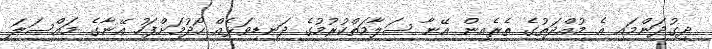
ދިގުދަންމައި އެ މުއްދަތުގެ ތެރެއިން އޭނާ ސަލާމަތްކުރުމުގެ ދަނޑިވަޅެއް ހޯދުމަށްފަހު އޭނާގެ މައްސަލަ